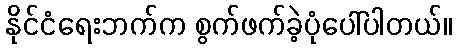
နိုင်ငံရေးဘက်က စွက်ဖက်ခဲ့ပုံပေါ်ပါတယ်။